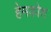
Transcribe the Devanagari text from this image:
हेमकोश